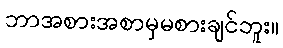
ဘာအစားအစာမှမစားချင်ဘူး။